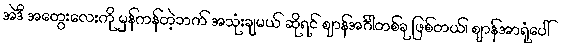
အဲဒီ အတွေးလေးကို မှန်ကန်တဲ့ဘက် အသုံးချမယ် ဆိုရင် ဈာန်အင်္ဂါတစ်ခု ဖြစ်တယ်၊ ဈာန်အာရုံပေါ်